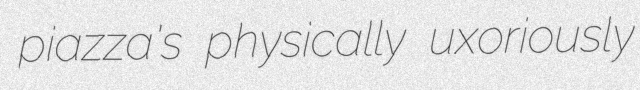
piazza's physically uxoriously